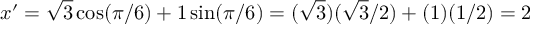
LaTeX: x ^ { \prime } = { \sqrt { 3 } } \cos ( \pi / 6 ) + 1 \sin ( \pi / 6 ) = ( { \sqrt { 3 } } ) ( { \sqrt { 3 } } / 2 ) + ( 1 ) ( 1 / 2 ) = 2